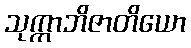
သုက္ကာဘိဇာတိယော